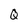
Character: Q